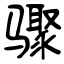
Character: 骤